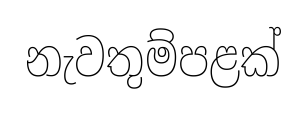
නැවතුම්පළක්